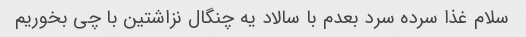
سلام غذا سرده سرد بعدم با سالاد یه چنگال نزاشتین با چی بخوریم